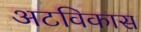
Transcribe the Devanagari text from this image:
अटविकास